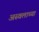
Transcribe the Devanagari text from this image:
अस्वलाच्या